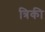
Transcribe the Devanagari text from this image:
त्रिकी